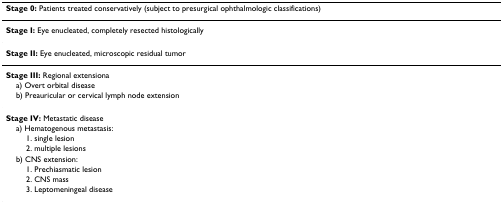
<table><thead><tr><td><b>Stage 0: Patients treated conservatively (subject to presurgical ophthalmologic classifications)</b></td></tr></thead><tbody><tr><td><b>Stage I: </b>Eye enucleated, completely resected histologically</td></tr><tr><td><b>Stage II: </b>Eye enucleated, microscopic residual tumor</td></tr><tr><td><b>Stage III: </b>Regional extensiona</td></tr><tr><td> a) Overt orbital disease</td></tr><tr><td> b) Preauricular or cervical lymph node extension</td></tr><tr><td><b>Stage IV: </b>Metastatic disease</td></tr><tr><td> a) Hematogenous metastasis:</td></tr><tr><td>1. single lesion</td></tr><tr><td>2. multiple lesions</td></tr><tr><td> b) CNS extension:</td></tr><tr><td>1. Prechiasmatic lesion</td></tr><tr><td>2. CNS mass</td></tr><tr><td>3. Leptomeningeal disease</td></tr></tbody></table>